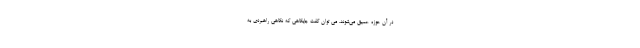
در آن حوزه عمیق می‌شوند. می توان گفت جایگاهی که نگاهی راهبردی‌ به